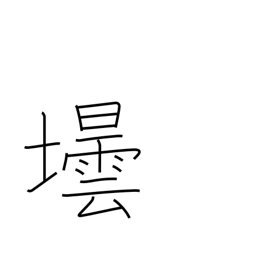
Meaning: bottle